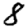
Digit: 8